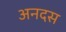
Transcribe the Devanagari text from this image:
अनदस